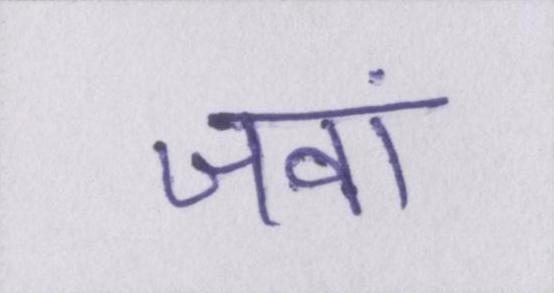
जवां